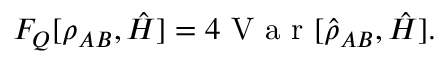
F _ { Q } [ \rho _ { A B } , \hat { H } ] = 4 \mathrm { ~ V ~ a ~ r ~ } [ \hat { \rho } _ { A B } , \hat { H } ] .